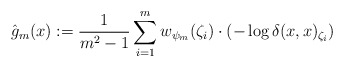
\begin{align*}\hat{g}_m(x) := \frac{1}{m^2-1}\sum_{i=1}^m w_{\psi_m}(\zeta_i) \cdot (-\log \delta(x,x)_{\zeta_i})\end{align*}